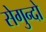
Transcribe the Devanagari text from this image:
सेगुन्दो